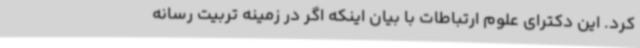
کرد. این دکترای علوم ارتباطات با بیان اینکه اگر در زمینه تربیت رسانه